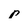
Character: p